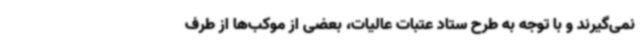
نمی‌گیرند و با توجه به طرح ستاد عتبات عالیات، بعضی از موکب‌ها از طرف